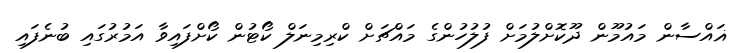
ޣައްސާން މައުމޫން ދޫކޮށްލުމަށް ފުލުހުންގެ މައްޗަށް ކްރިމިނަލް ކޯޓުން ކޯށްފައިވާ އަމުރުގައި ބުނެފައި